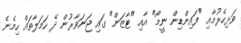
ވަޅިހެރުމާއި "ފައިންޑިން ނީމޯ" އާއި "ޓާޒަން" ގައި ޖަނަވާރުން ދޭ ހަމަލާތައް ހިމެނެ